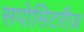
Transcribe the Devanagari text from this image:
सपोसिटरीज़